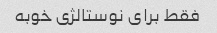
فقط برای نوستالژی خوبه